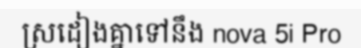
ស្រដៀងគ្នាទៅនឹង nova 5i Pro